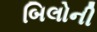
બિલોની